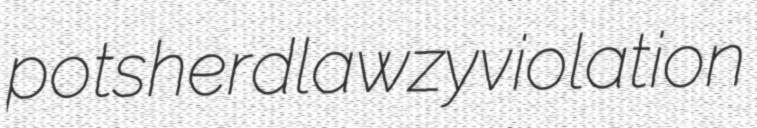
potsherd lawzy violation